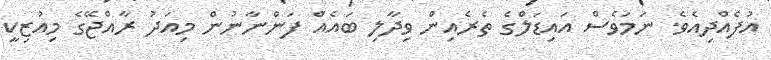
އުފެއްދިއެވެ. ނަމަވެސް އައިޑަލްގެ ތެރެއިން ވިދާލި ބައެއް ފަންނާނުން މިއަދު ރާއްޖޭގެ މިއުޒިކީ